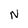
Character: N